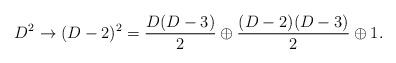
LaTeX: \begin{align*}D^2 \rightarrow (D-2)^2 = {D(D-3)\over 2} \oplus {(D-2)(D-3)\over 2} \oplus 1 .\end{align*}